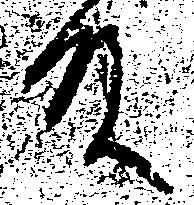
殿